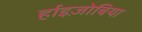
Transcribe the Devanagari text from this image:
र्हाइज़ोबिया